Vaccination report Assam 1896-1927 - 1896-1927
Year: 1896
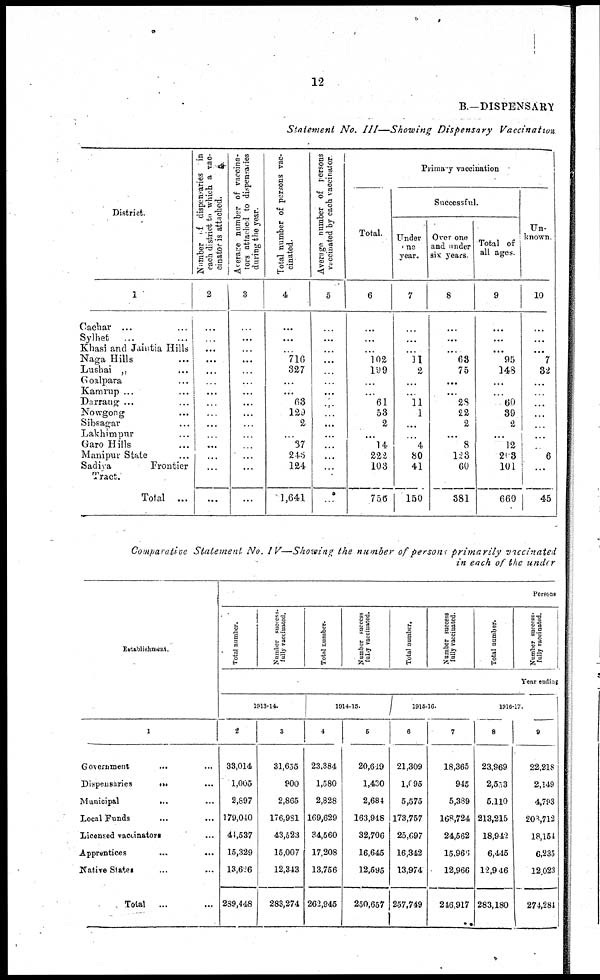
12
B.—DISPENSARY
Statement No. III—Showing
Dispensary
Vaccination
District.
1
Cachar ... ...
Sylhet
... ...
Khasi and Jaintia Hills
Naga Hills ...
Lushai „ ...
Goalpara ...
Kamrup ... ...
Darrang ... ...
Nowgong ...
Sibsagar ...
Lakhimpur ...
Garo Hills ...
Manipur State ...
Sadiya
Frontier
Tract.
Total
...
Number of dispensaries in
each district to which a vac-
cinator is attached.
2
...
...
...
...
...
...
...
...
...
...
...
...
...
...
...
Average number of vaccina-
tors attached to dispensaries
during the year.
3
...
...
...
...
...
...
...
...
...
...
...
...
...
...
...
Total number of persons vac-
cinated.
4
...
...
...
716
327
...
...
63
129
2
...
37
246
124
1,641
Average number of persons
vaccinated by each vaccinator
5
...
...
...
...
...
...
...
...
...
...
...
...
...
...
...
Primary vaccination
Total.
6
...
...
...
102
199
...
...
61
53
2
...
14
222
103
756
Successful.
Under
one
year.
7
...
...
...
11
2
...
...
11
1
...
...
4
80
41
150
Over one
and under
six years.
8
...
...
...
63
75
...
...
28
22
2
...
8
123
60
381
Total of
all ages
9
...
...
...
95
143
...
...
60
39
2
...
12
203
101
660
Un-
known.
10
...
...
...
7
32
...
...
...
...
...
...
...
6
...
45
Comparative Statement No. IV—Showing the number of persons primarily
vaccinated
in each of the under
Establishment.
1
Government ... ...
Dispensaries ... ...
Municipal
... ...
Local Funds ... ...
Licensed vaccinators ...
Apprentices
...
...
Native States ... ...
Total
... ...
Persons
Total number.
Number success.
fully vaccinated.
Total number.
Number success
fully vaccinated.
Total number.
Number success
fully vaccinated.
Total number.
Number success¬
fully vaccinated.
Year ending
1913-14.
2
33,014
1,005
2,897
179,040
44,537
15,329
13,626
289,448
3
31,655
900
2,865
176,981
43,523
15,007
12,343
283,274
1914-15.
4
23,384
1,580
2,828
169,629
34,560
17,208
13,756
262,945
5
20,649
1,430
2,684
163,948
32,706
16,645
12,595
250,657
1915-16.
6
21,309
1,095
5,575
173,757
25,697
16,342
13,974
257,749
7
18,365
945
5,389
168,724
24,562
15,966
12,966
246,917
1916-17.
8
23,969
2,553
5,110
213,215
18,942
6,445
12,946
283,180
9
22,218
2,149
4,793
208,712
18,154
6,235
12,023
274,281